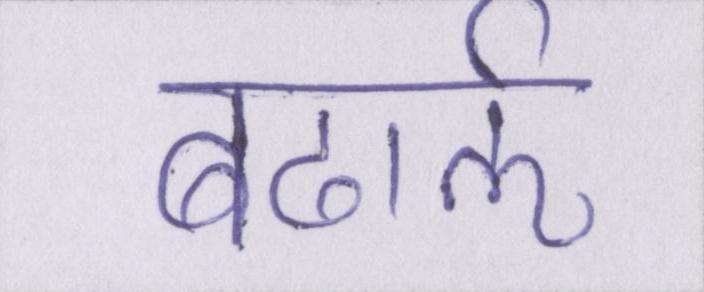
बढार्ऌ